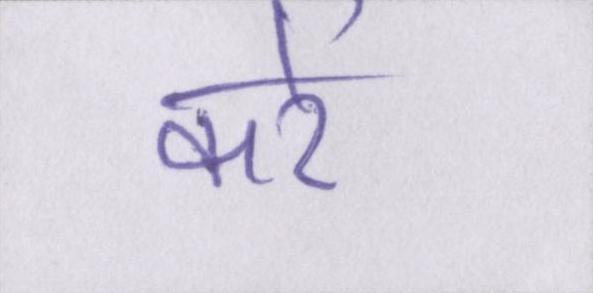
करें।